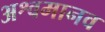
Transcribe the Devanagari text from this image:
अश्वमानव